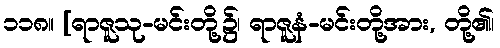
၁၁၈။ [ရာဇူသု-မင်းတို့၌၊ ရာဇူနံ-မင်းတို့အား, တို့၏၊